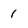
Character: 1